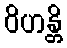
ဝိဟန္တိ